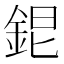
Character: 𨦆